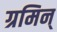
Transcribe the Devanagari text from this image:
ग्रमिन्